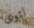
لتوى